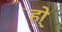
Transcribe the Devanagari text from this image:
हो्